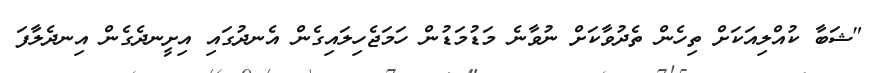
"ޝަބާ ކުއްލިއަކަށް ތިހެން ތެދުވާކަށް ނުވާނެ މަޑުމަޑުން ހަމަޖެހިލައިގެން އެނދުގައި އިށީނދެގެން އިނދެލާފަ